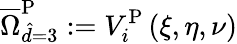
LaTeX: \overline{{\Omega}}_{\hat{d}=3}^{\mathrm{{P}}}:=V_{i}^{\mathrm{{P}}}\left(\xi,\eta,\nu\right)